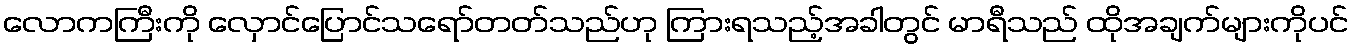
လောကကြီးကို လှောင်ပြောင်သရော်တတ်သည်ဟု ကြားရသည့်အခါတွင် မာရီသည် ထိုအချက်များကိုပင်